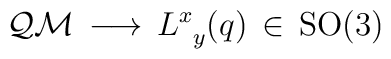
\mathcal{QM} \, \longrightarrow \, L^x_{\phantom{x}y} (q)\, \in \, \mathrm{SO(3)}